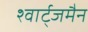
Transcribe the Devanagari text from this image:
श्वार्ट्जमैन